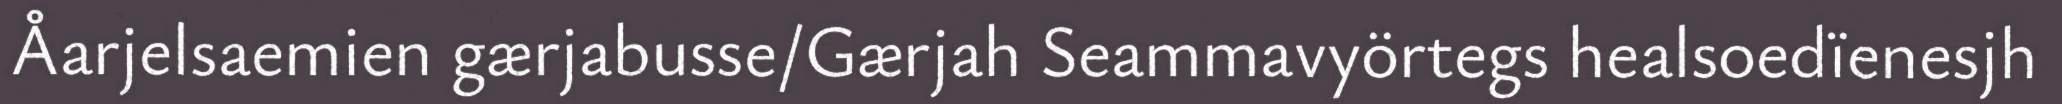
Åarjelsaemien gærjabusse/Gærjah Seammavyörtegs healsoedïenesjh